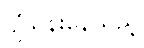
ပျံသန်းနေသည့်